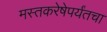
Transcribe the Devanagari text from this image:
मस्तकरेषेपर्यंतचा